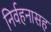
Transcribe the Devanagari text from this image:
निर्वहनासह